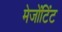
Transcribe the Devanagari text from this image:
मेजोंटिंट